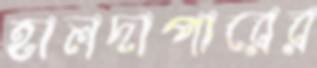
হালদাপারের